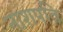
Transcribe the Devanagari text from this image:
नाशपति